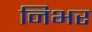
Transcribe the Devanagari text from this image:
निभर